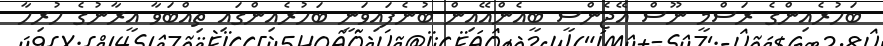
ބަހުރެއިންގެ ރަސްމީ ނޫސް އޭޖެންސީ ބީއެންއޭއިން ބުނެފައިވަނީ ބަހުރެއިންގައި ތިއްބަވާ އީރާނުގެ ހުރިހާ